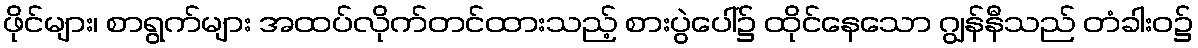
ဖိုင်များ၊ စာရွက်များ အထပ်လိုက်တင်ထားသည့် စားပွဲပေါ်၌ ထိုင်နေသော ဂျွန်နီသည် တံခါးဝ၌